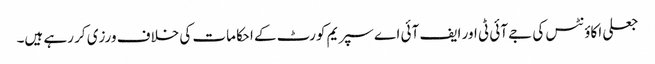
جعلی اکاؤنٹس کی جے آئی ٹی اور ایف آئی اے سپریم کورٹ کے احکامات کی خلاف ورزی کر رہے ہیں۔